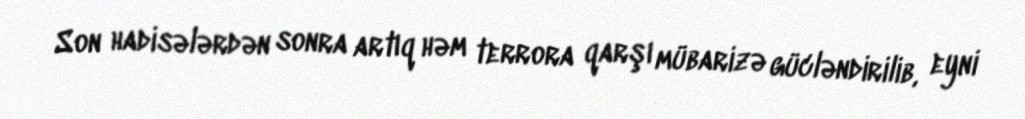
Son hadisələrdən sonra artıq həm terrora qarşı mübarizə gücləndirilib, eyni